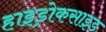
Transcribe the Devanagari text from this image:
हाइड्रोकसाइड